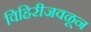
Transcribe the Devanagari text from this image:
विहिरीजवळून